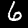
Digit: 6